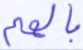
بالهم